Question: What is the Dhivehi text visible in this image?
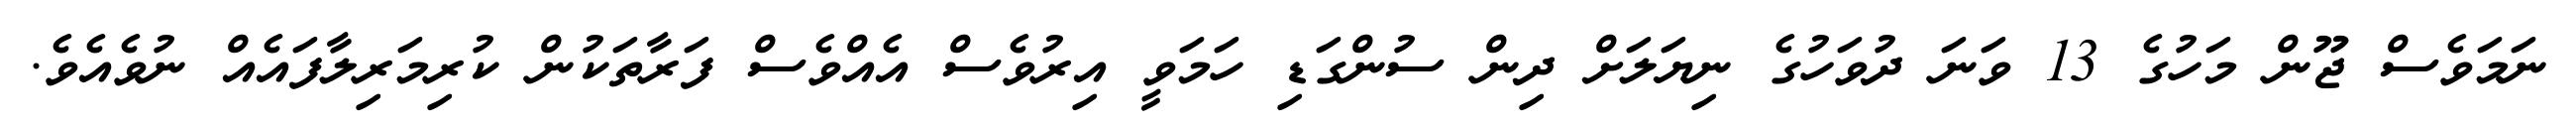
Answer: ނަމަވެސް ޖޫން މަހުގެ 13 ވަނަ ދުވަހުގެ ނިޔަލަށް ދިން ސުންގަޑި ހަމަވީ އިރުވެސް އެއްވެސް ފަރާތަކުން ކުރިމަރިލާފައެއް ނުވެއެވެ.